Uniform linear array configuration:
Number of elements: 24
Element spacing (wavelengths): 0.5
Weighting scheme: hann
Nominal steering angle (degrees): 60
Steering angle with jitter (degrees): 58.947
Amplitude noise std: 0.05
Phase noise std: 0.05

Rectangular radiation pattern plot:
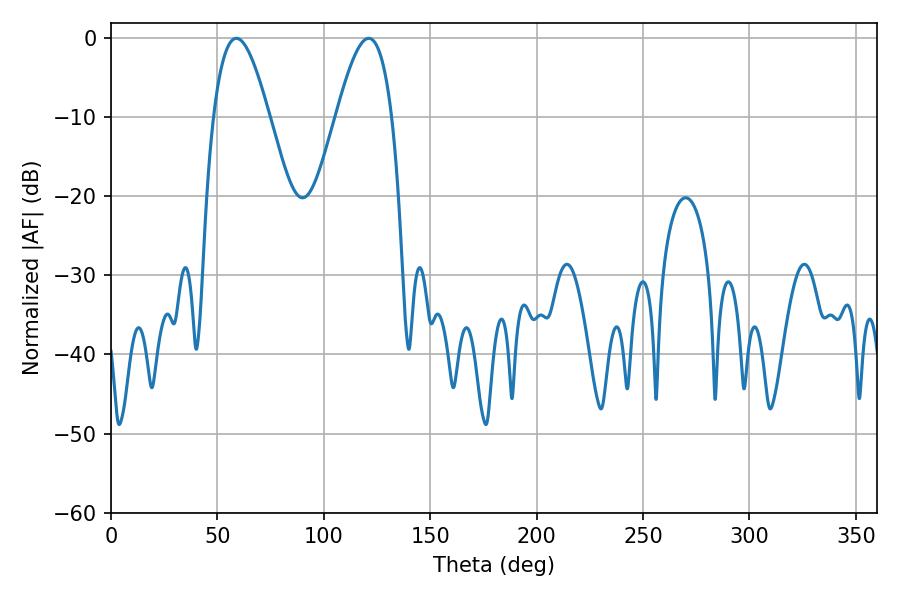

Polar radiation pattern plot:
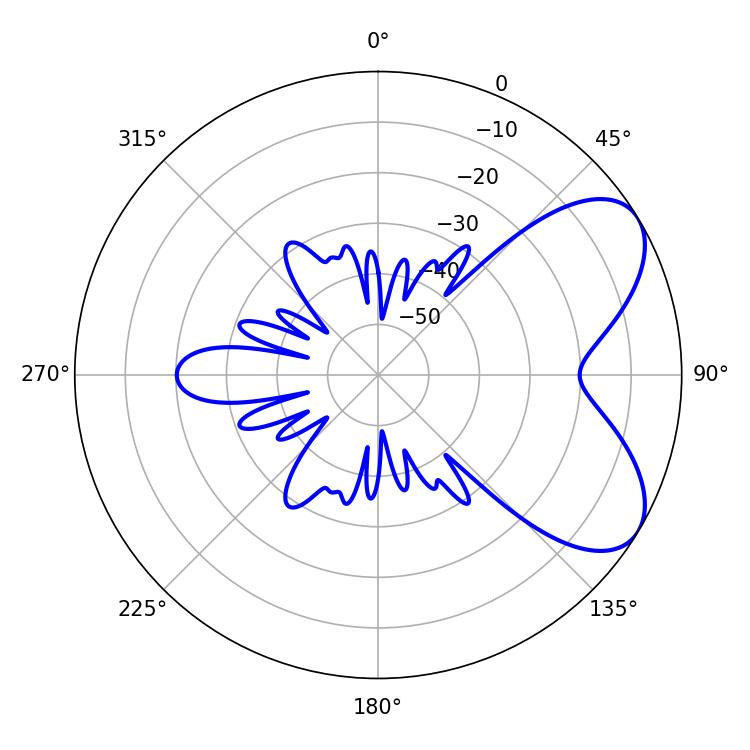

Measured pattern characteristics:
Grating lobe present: FALSE
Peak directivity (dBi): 6.324
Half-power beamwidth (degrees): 14.22
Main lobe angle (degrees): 58.86